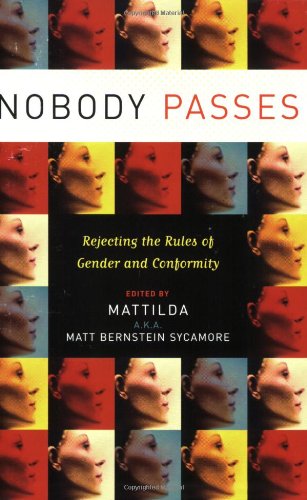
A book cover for Nobody Passes: Rejecting the Rules of Gender and Conformity; Gay & Lesbian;